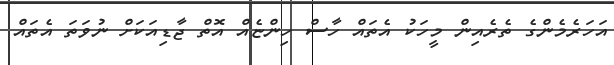
އަހަރެމެންގެ ތެރެއިން މީހަކު އެތައް ހާސް ހިންޏެއް އޮތް ޖާޑިއަކަށް ނުވަތަ އެތައް